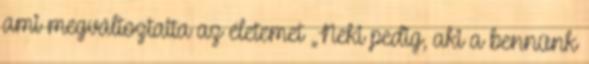
ami megváltoztatta az életemet „Neki pedig, aki a bennünk